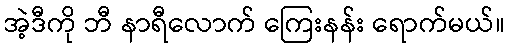
အဲ့ဒီကို ဘီ နာရီလောက် ကြေးနန်း ရောက်မယ်။